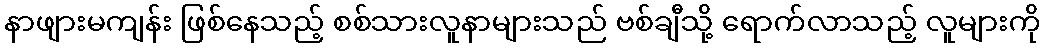
နာဖျားမကျန်း ဖြစ်နေသည့် စစ်သားလူနာများသည် ဗစ်ချီသို့ ရောက်လာသည့် လူများကို